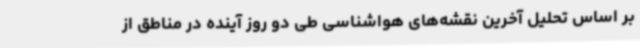
بر اساس تحلیل آخرین نقشه‌های هواشناسی طی دو روز آینده در مناطق از